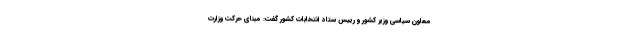
معاون سیاسی وزیر کشور و رییس ستاد انتخابات کشور گفت: مبنای حرکت وزارت